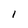
Character: 1